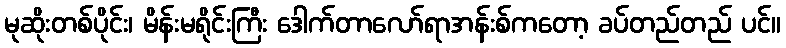
မုဆိုးတစ်ပိုင်း၊ မိန်းမရိုင်းကြီး ဒေါက်တာလော်ရာအန်းစ်ကတော့ ခပ်တည်တည် ပင်။